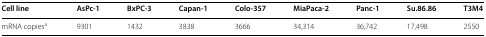
| Cell line | AsPc-1 | BxPC-3 | Capan-1 | Colo-357 | MiaPaca-2 | Panc-1 | Su.86.86 | T3M4 |
 | --- | --- | --- | --- | --- | --- | --- | --- | --- |
 | mRNA copiesa | 9301 | 1432 | 3838 | 3666 | 34,314 | 36,742 | 17,498 | 2550 |